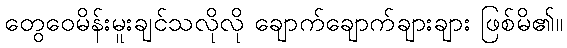
တွေဝေမိန်းမူးချင်သလိုလို ချောက်ချောက်ချားချား ဖြစ်မိ၏။